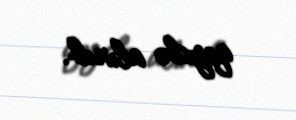
qeydə alınıb.